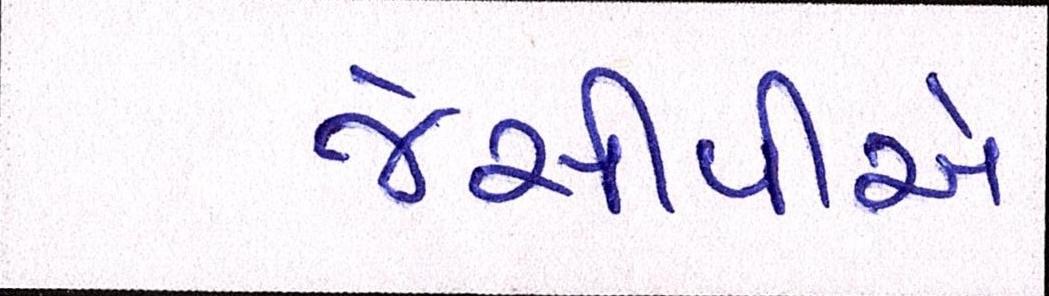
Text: જેસીપીએ